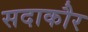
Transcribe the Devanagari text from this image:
सदाकौर